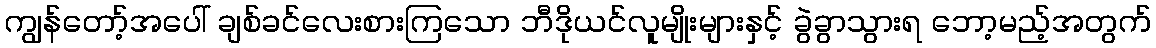
ကျွန်တော့်အပေါ် ချစ်ခင်လေးစားကြသော ဘီဒိုယင်လူမျိုးများနှင့် ခွဲခွာသွားရ ဘော့မည့်အတွက်